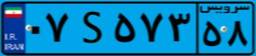
۷۲S۴۱۵۲۹